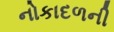
નોકાદળની